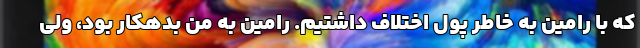
که با رامین به خاطر پول اختلاف داشتیم. رامین به من بدهکار بود، ولی